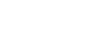
ပရိဝိသတိ